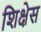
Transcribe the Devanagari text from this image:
शिक्षेस